Civil Veterinary Department Bengal reports 1933-51 - 1933-1951
Year: 1933
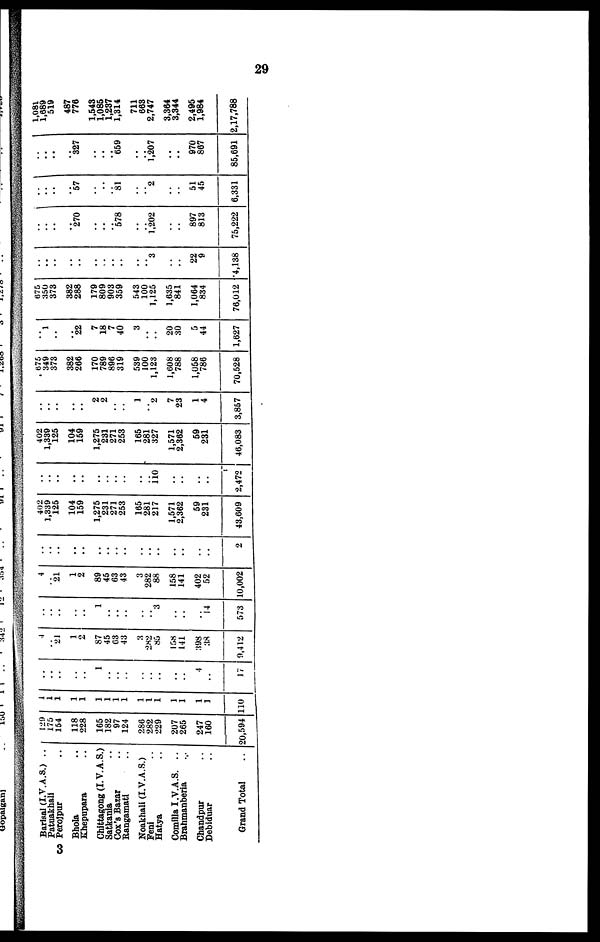
29
Barisal (I.V.A.S.) ..
Patuakhali
3 Perojpur ..
Bhola ..
Khepupara..
Chittagong (I.V.A.S.)
Satkania ..
Cox's Bazar ..
Rangamati ..
Noakhali (I.V.A.S.)
Feni ..
Hatya ..
Comilla I .V.A.S. ..
Brahmanberia ..
Chandpur ..
Debiduar ..
Grand Total ..
129
175
154
118
228
165
182
97
124
286
282
229
207
265
247
160
20,594
..
..
..
..
..
..
..
..
..
..
..
..
..
..
..
..
110
..
..
..
..
..
1
..
..
..
..
..
..
..
..
4
..
17
4
.. 21
1
2
87
45
63
43
3
2S2
85
158
141
398
38
9,412
..
..
..
1
3
14
573
4
.. 21
1
2
89
45
63
43
3
282
88
158
141
402
52
10,002
..
..
..
2
402
1,339
125
104
159
1,275
231
271
253
165
281
217
1,571
2,362
59
231
43,609
..
..
..
..
..
..
..
..
..
..
.. 110
..
..
..
..
2,472
402
1,339
125
104
159
1,275
231
271
253
165
281
327
1,571
2,362
59
231
46,083
..
.. ..
..
..
2
2
..
..
1
.. 2
7
23
1
4
3,857
675
349
373
382
266
170
789
896
319
539
100
1,123
1,608
788
1,058
786
70,528
..
1
..
..
22
7
18
7
40
3
..
..
20
30
5
44
1,627
675
350
373
382
288
179
809
903
359
543
100
1,125
1,635
841
1,064
834
76,012
..
..
..
..
..
..
..
..
..
..
.. 3
..
..
22
9
4,138
..
..
..
..
270
..
..
578
..
.. 1,202
..
..
897
813
75,222
..
..
..
..
57
..
..
81
..
.. 2
..
..
51
45
6,331
..
.. ..
..
327
..
..
659
..
.. 1,207
..
..
970
867
85,691
1,081
1,689
519
487
776
1,543
1,085
1,237
1,314
711
663
2,747
3,364
3,344
2,495
1,984
2,17,788